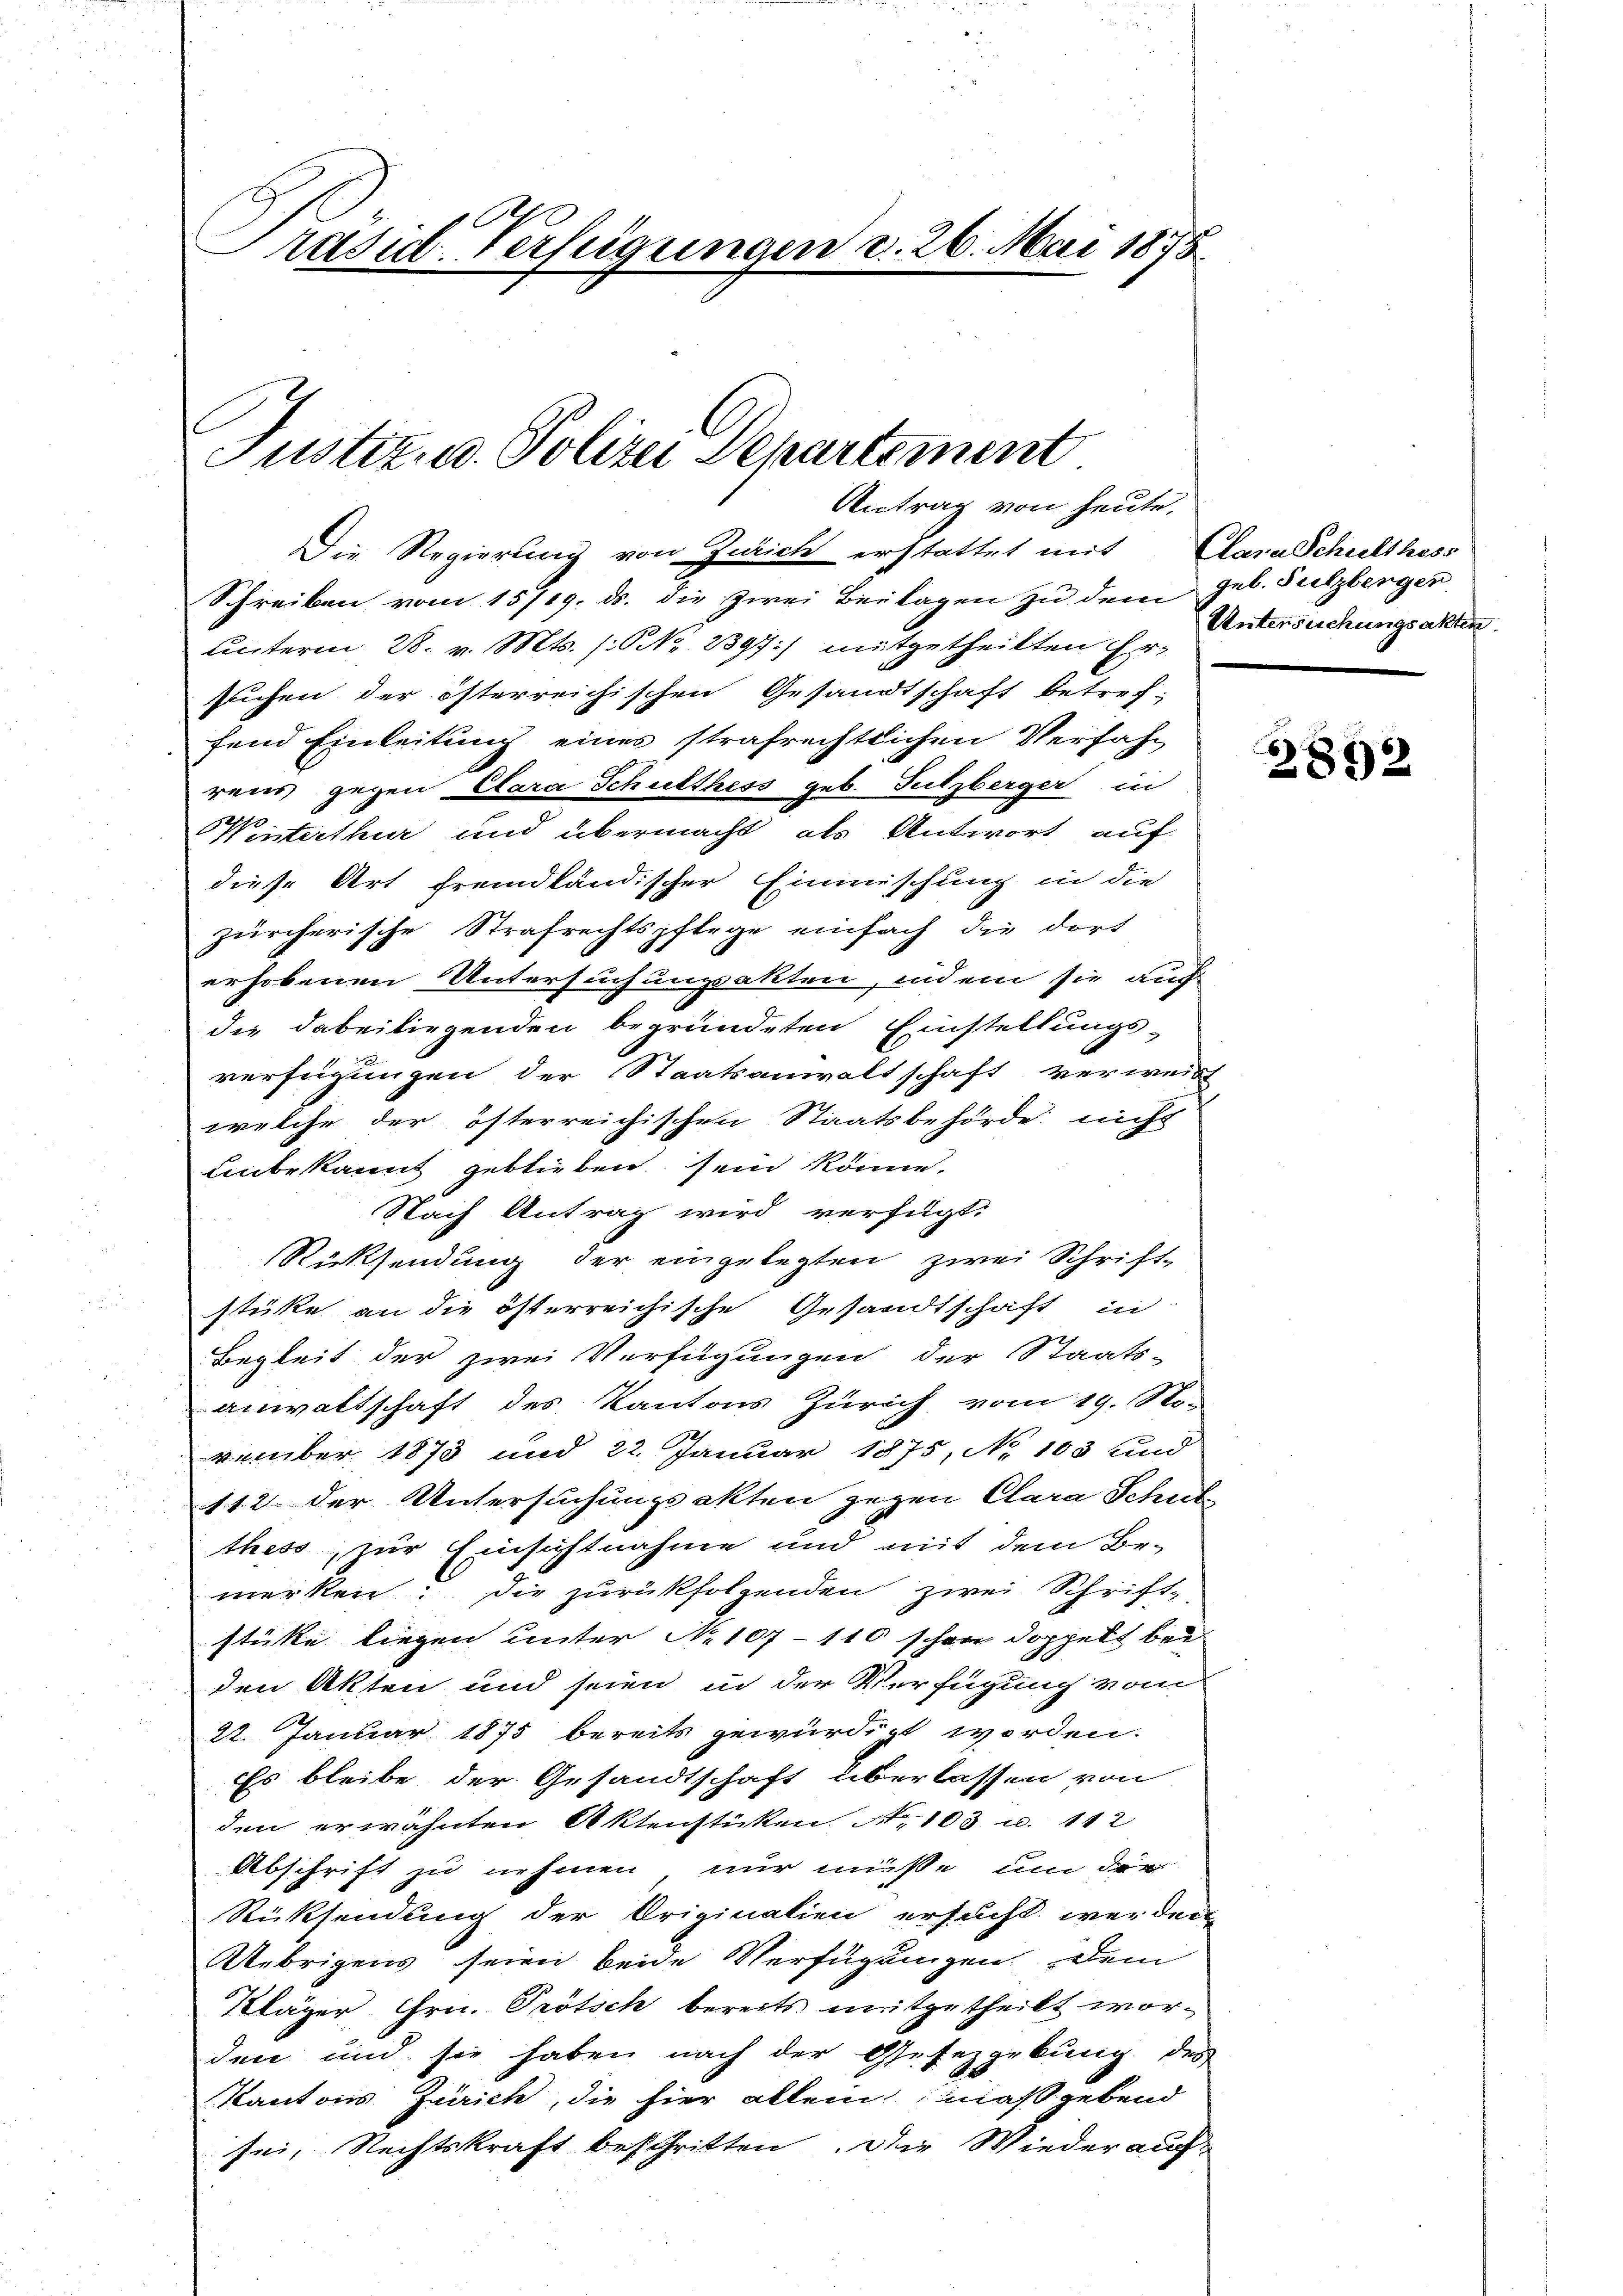
Präsid. Verfügungen d. 26. Mai 1875.

Justiz- u. Polizei Departement
Antrag von heute,

Die Regierung von Zürich erstattet mit Clara Schulthess
Schreiben vom 15719. ds. die zwei Beilagen zu dem geb. Sulzberger
unterm 28. v. Mts. (ONNo. 2397) mitgetheilten Ersuchen der österreichischen Gesandtschaft betreffend Einleitung eines strafrechtlichen Verfah-
rens gegen Clara Schulthess geb. Sulzberger in
Winterthur und übermacht, als Antwort auf
diese Art fremdländischer Einmischung in die
zürcherische Strafrechtspflege einfach die dort
erhobenen Untersuchungsakten, indem sie auch
die dabeiliegenden begründeten Einstellungs-
verfügungen der Staatsanwaltschaft verweist
welche der österreichischen Staatsbehörde nicht
Unbekannt geblieben sein könne.
Nach Antrag wird verfügt:
Rücksendung der eingelegten zwei Schrift-
stüke an die österreichische Gesandtschaft in
Begleit der zwei Verfügungen der Staats-
anwaltschaft des Kantons Zürich vom 19. Sto
vember 1873 und 22. Januar 1875, No 103 und
112. der Untersuchungsakten gegen Clara Schul
thess, zur Einsichtnahme und mit dem Be-
merken: Die zurückfolgenden zwei Schrift-
stüke liegen unter No 107 - 110 schon doppelt bei
den Akten und seien in der Verfügung vom
22. Januar 1875 bereits gewürdigt worden.
Es bleibe der Gesandtschaft überlassen von
den erwähnten Aktenstücken. Nr. 103 u. 112
Abschrift zu nehmen nur müsse um der
Rücksendung der Originalien ersucht, werder
Uebrigens seien beide Verfügungen dem
Kläger Hrn. Prötsch bereits mitgetheilt worden und sie haben nach der Gesetzgebung des
Kantons Zürich, die hier allein maßgebend
sei, Rechtskraft beschritten. Die Wiederauf-

Untersuchungsakten.

¬
892